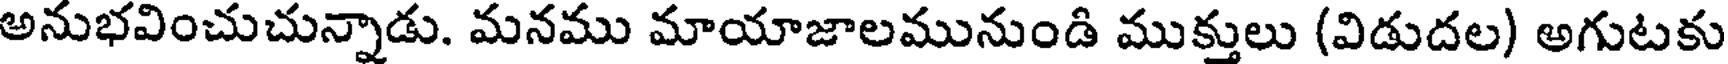
అనుభవించుచున్నాడు. మనము మాయాజాలమునుండి ముక్తులు (విడుదల) అగుటకు